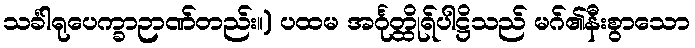
သင်္ခါရုပေက္ခာဉာဏ်တည်း။) ပထမ အင်္ဂုတ္ထိုရ်ပါဋ္ဌိသည် မဂ်၏နီးစွာသော